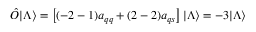
\hat { \cal O } | \Lambda \rangle = \left[ ( - 2 - 1 ) a _ { q q } + ( 2 - 2 ) a _ { q s } \right] | \Lambda \rangle = - 3 | \Lambda \rangle